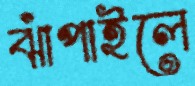
ঝাঁপাইলে